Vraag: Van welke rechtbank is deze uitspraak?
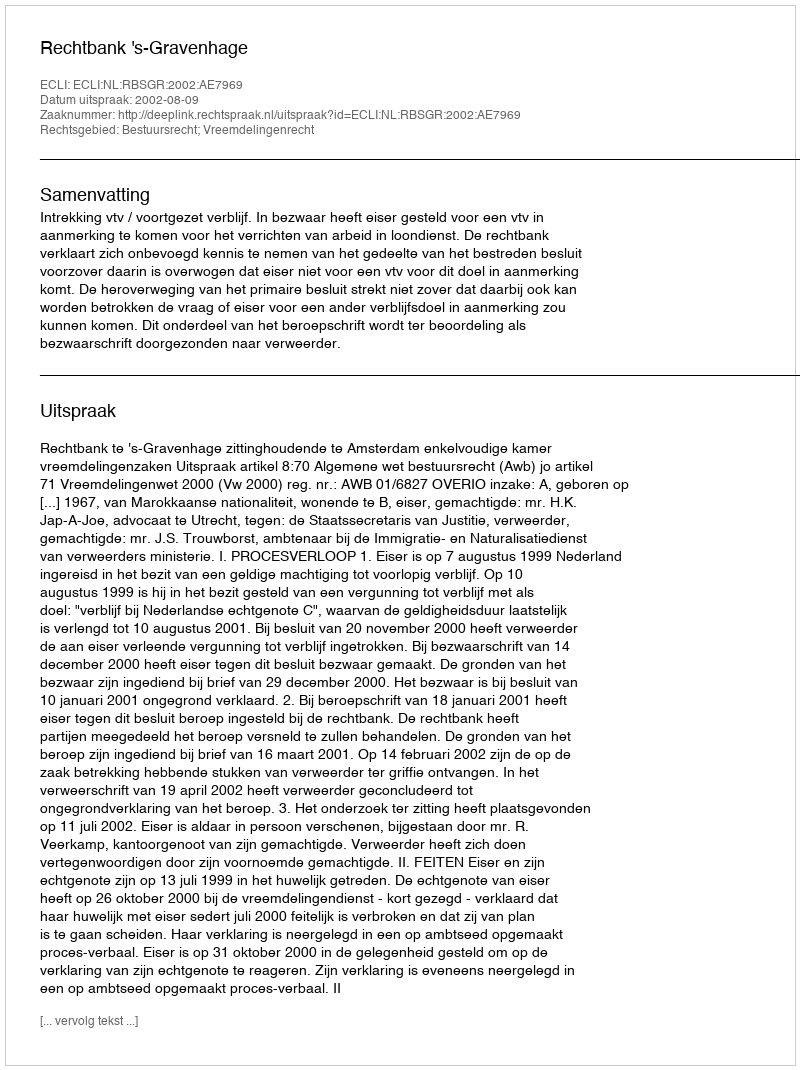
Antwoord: Rechtbank 's-Gravenhage